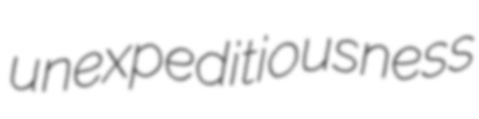
unexpeditiousness